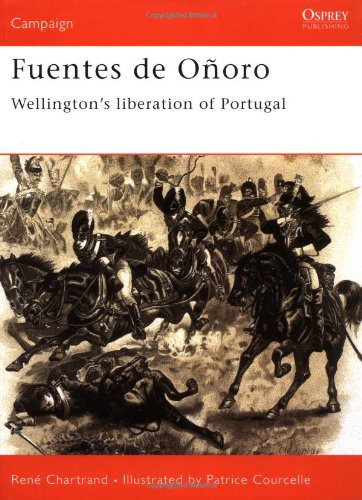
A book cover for Fuentes de OÃ±oro 1811: Wellington's liberation of Portugal (Campaign); Rene Chartrand; History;